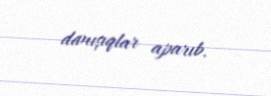
danışıqlar aparıb.